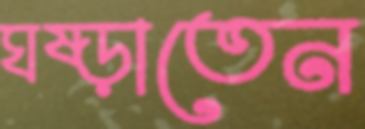
ঘষ্‌ড়াতেন